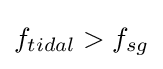
f_{tidal}>f_{sg}